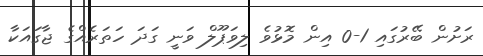
ރަށުން ބޭރުގައި 1-0 އިން މޮޅުވެ ލިވަޕޫލް ވަނީ ގަދަ ހަތަރެއްގެ ޖާގައަކާ